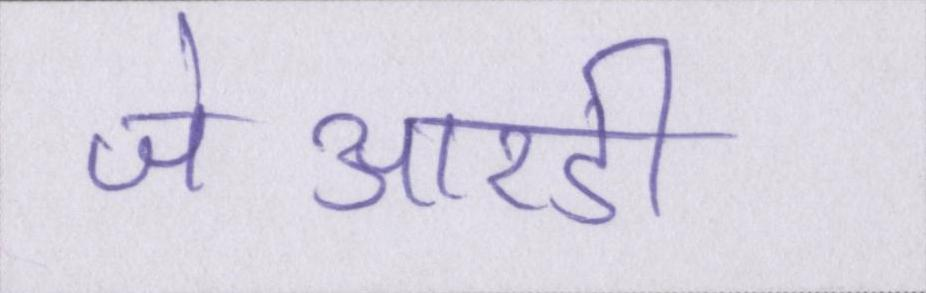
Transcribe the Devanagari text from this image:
जेआरडी